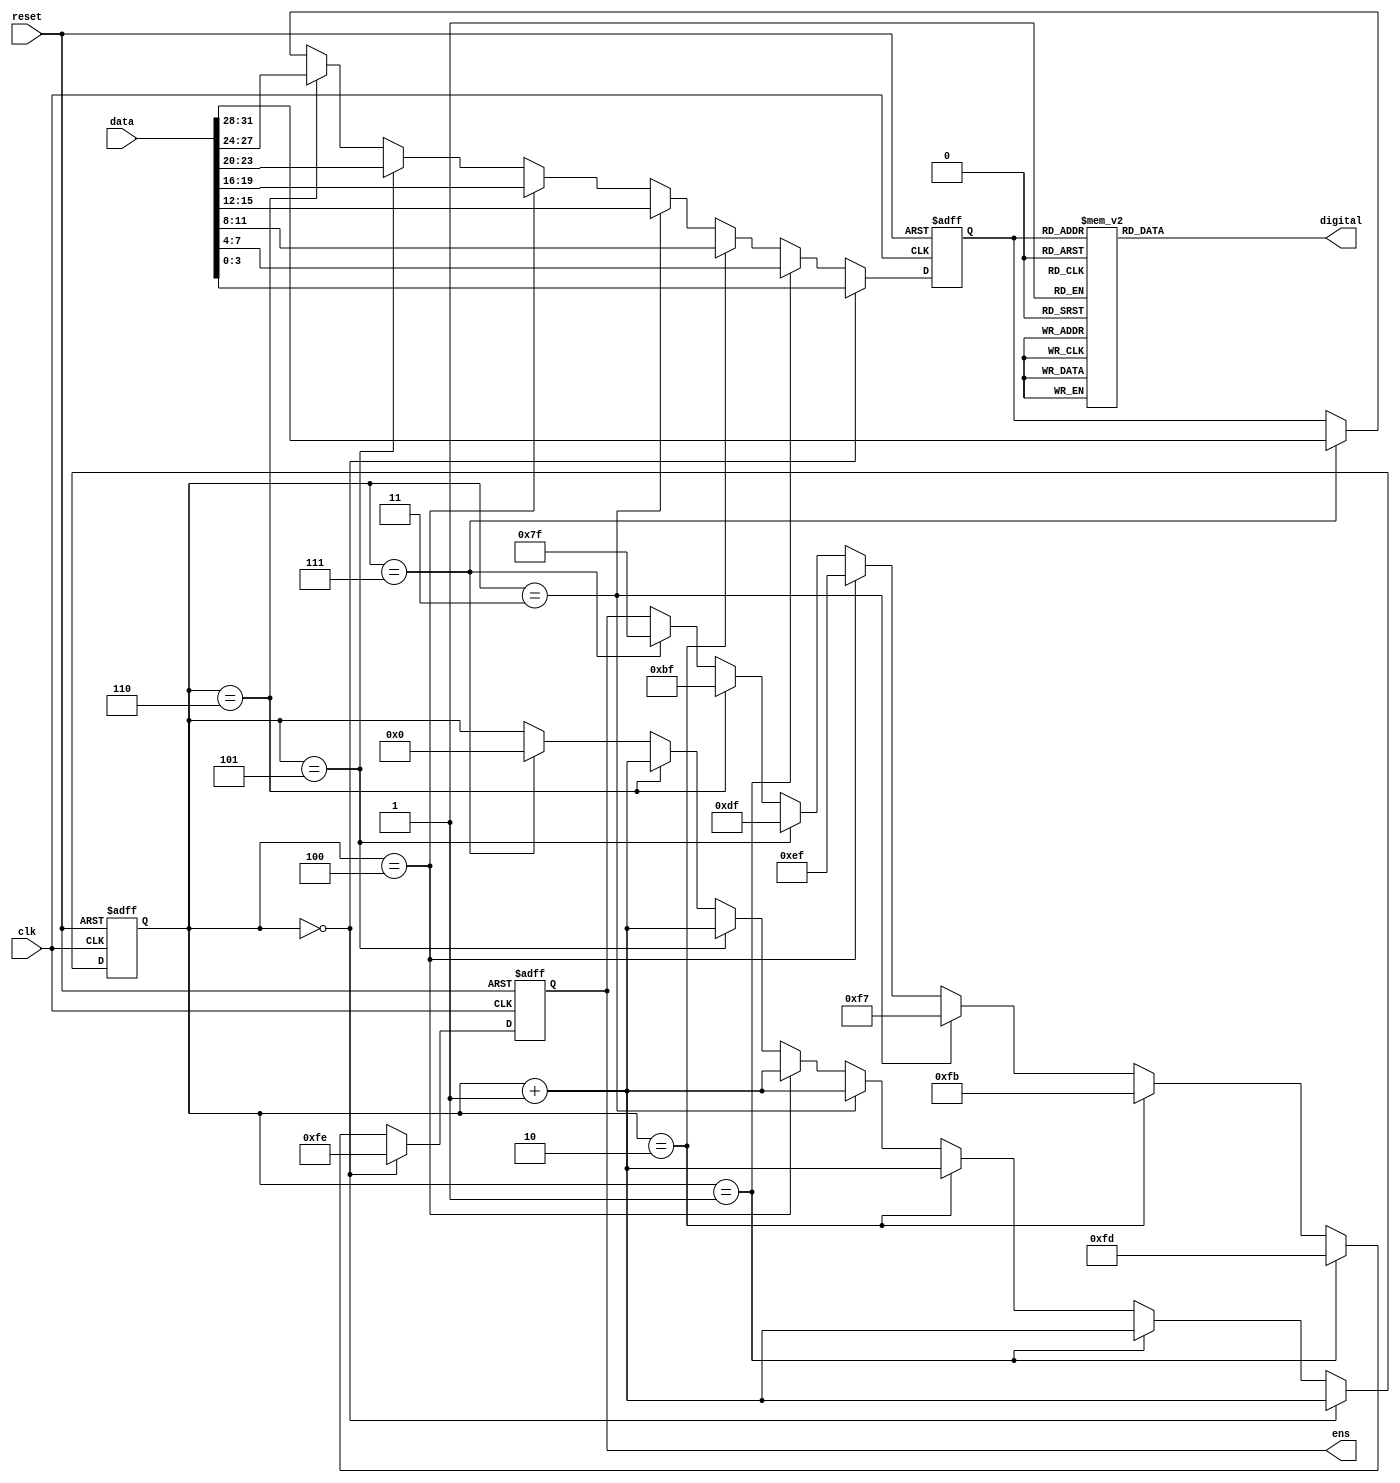
`timescale 1ns / 1ps
//////////////////////////////////////////////////////////////////////////////////
// Company: 
// Engineer: 
// 
// Design Name: 
// Module Name: SEG_7
// Project Name: 
// Target Devices: 
// Tool Versions: 
// Description: 
// 
// Dependencies: 
// 
// Revision:
// Revision 0.01 - File Created
// ensdditional Comments:
// 
//////////////////////////////////////////////////////////////////////////////////


module dev_segments(clk,reset,data,digital,ens);
    input clk;
    input reset;
    input [31:0] data; 
    reg [3:0] sw=0;
    output [7:0] digital;
    output [7:0] ens;
    reg[7:0] digital;
    reg[7:0] ens;
    reg[3:0] count = 0;
    always @(sw)
        case(sw)
            4'b0000:digital=8'b00000011;
            4'b0001:digital=8'b10011111;
            4'b0010:digital=8'b00100101;
            4'b0011:digital=8'b00001101;
            4'b0100:digital=8'b10011001;
            4'b0101:digital=8'b01001001;
            4'b0110:digital=8'b01000001;
            4'b0111:digital=8'b00011111;
            4'b1000:digital=8'b00000001;
            4'b1001:digital=8'b00011001;
            4'b1010:digital=8'b00010001;
            4'b1011:digital=8'b11000001;
            4'b1100:digital=8'b01100011;
            4'b1101:digital=8'b10000101;
            4'b1110:digital=8'b01100001;
            4'b1111:digital=8'b01110001;
        default:
            digital=8'bx;
        endcase
        
        
    always @(posedge clk or negedge reset)
        if(reset == 0)
            begin
                ens=8'b11111111;
                count<=0;
                sw<=4'd0;
            end
        else
            begin
            if(count == 0)
                begin
                    ens=8'b11111110;
                    count <= count  + 1;
                    sw<=data[3:0];
                end
            else if(count == 1)
                begin
                    ens=8'b11111101;
                    count <= count  + 1;
                    sw<=data[7:4];
                end
            else if(count == 2)
                begin
                    ens=8'b11111011;
                    count <= count  + 1;
                    sw<=data[11:8];
                end
            else if(count == 3)
                begin
                    ens=8'b11110111;
                    count <= count  + 1;
                    sw<=data[15:12];
                end
            else if(count == 4)
                begin
                    ens=8'b11101111;
                    count <= count  + 1;
                    sw<=data[19:16];
                end
            else if(count == 5)
                begin
                    ens=8'b11011111;
                    count <= count  + 1;
                    sw<=data[23:20];
                end                                                                     
            else if(count == 6)
                begin
                    ens=8'b10111111;
                    count <= count  + 1;
                    sw<=data[27:24];
                end
            else if(count == 7)
                begin
                    ens=8'b01111111; 
                    count <= 0;
                    sw<=data[31:28];
                end
            end 
endmodule